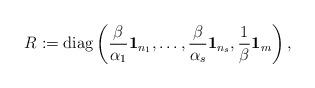
LaTeX: \begin{align*}R:=\mathrm{diag}\left(\frac{\beta}{\alpha_1}{\bf{1}}_{n_1},\dots,\frac{\beta}{\alpha_s}{\bf{1}}_{n_s}, \frac{1}{\beta}{\bf{1}}_m\right),\end{align*}